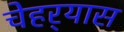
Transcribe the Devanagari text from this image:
चेहर्‍यास